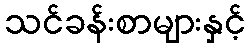
သင်ခန်းစာများနှင့်